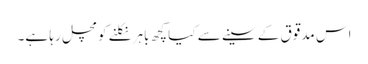
اس مدقوق کے سینے سے کیا کچھ باہر نکلنے کومچل رہا ہے۔